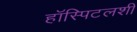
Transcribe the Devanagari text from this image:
हॉस्पिटलशी